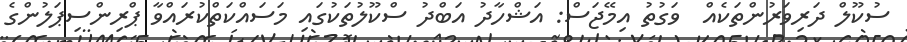
ސުކޫލް ދަރިވަރުންތަކެއް  ވަގުތު އިމޭޖަސް: އަޝްހާދު އަބްދު ސްކޫލުތަކުގައި މަސައްކަތްކުރައްވާ ޕްރިންސިޕަލުންގެ